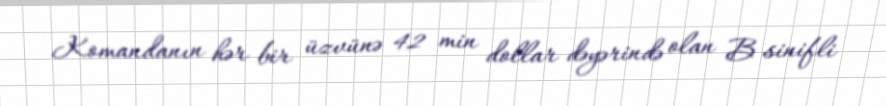
Komandanın hər bir üzvünə 42 min dollar dəyərində olan B sinifli